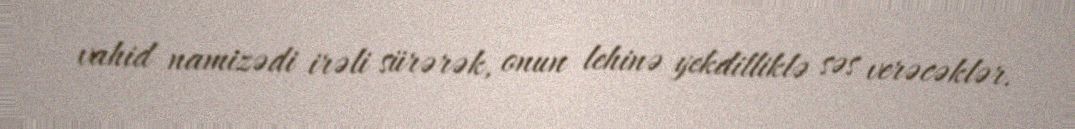
vahid namizədi irəli sürərək, onun lehinə yekdilliklə səs verəcəklər.